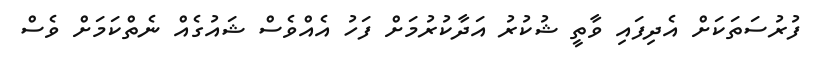
ފުރުސަތަކަށް އެދިފައި ވާތީ ޝުކުރު އަދާކުރުމަށް ފަހު އެއްވެސް ޝައުގެއް ނެތްކަމަށް ވެސް